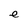
Character: e